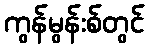
ကွန်မွန်းစ်တွင်